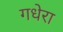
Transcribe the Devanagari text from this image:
गधेरा